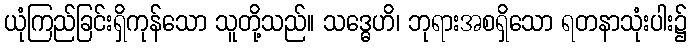
ယုံကြည်ခြင်းရှိကုန်သော သူတို့သည်။ သဒ္ဓေဟိ၊ ဘုရားအစရှိသော ရတနာသုံးပါး၌